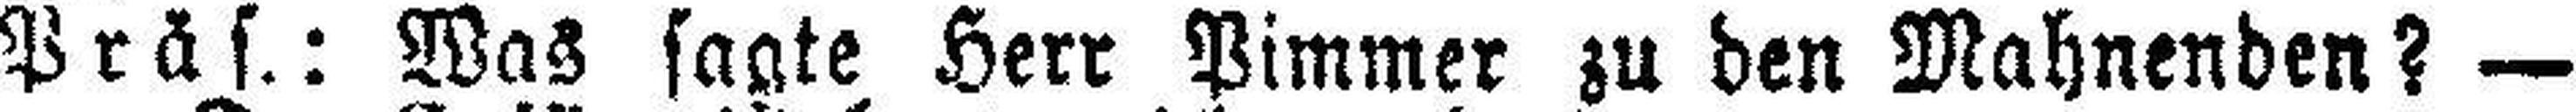
Präs.: Was sagte Herr Pimmer zu den Mahnenden? —